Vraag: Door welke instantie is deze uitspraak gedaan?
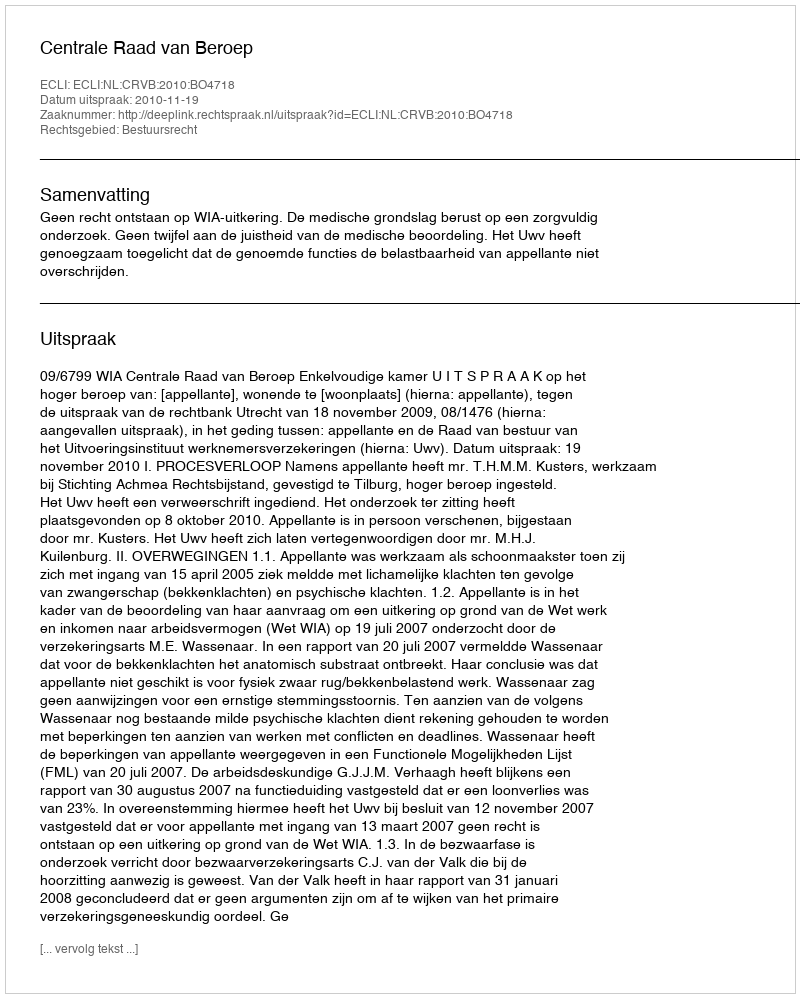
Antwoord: Centrale Raad van Beroep